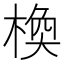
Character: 𪲰